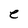
Character: e